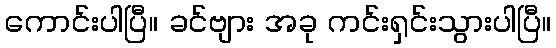
ကောင်းပါပြီ။ ခင်ဗျား အခု ကင်းရှင်းသွားပါပြီ။